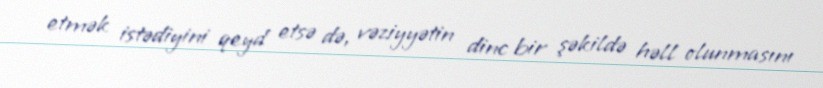
etmək istədiyini qeyd etsə də, vəziyyətin dinc bir şəkildə həll olunmasını